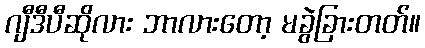
ဂျီဒီပီဆိုလား ဘာလားတော့ မခွဲခြားတတ်။